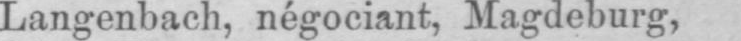
Langenbach, négociant, Magdeburg,